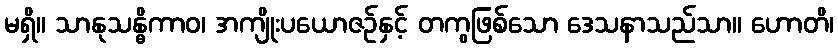
မရှိ။ သာနုသန္ဓိကာဝ၊ အကျိုးပယောဇဉ်နှင့် တကွဖြစ်သော ဒေသနာသည်သာ။ ဟောတိ၊